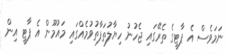
ނަމަވެސް އެ ޕާޓީގެ ތެރޭގައި ޖެހުނު ހިޔާލުތަފާތުވުމެއްގައި މައުމޫން އެ ޕާޓީ އިން